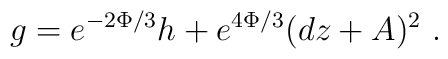
g = e^{-2\Phi/3} h + e^{4\Phi/3} (dz + A)^2~.